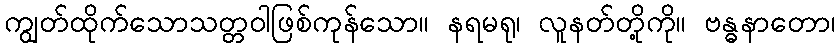
ကျွတ်ထိုက်သောသတ္တဝါဖြစ်ကုန်သော။ နရမရု၊ လူနတ်တို့ကို။ ဗန္ဓနာတော၊